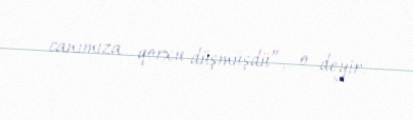
canımıza qorxu düşmüşdü”, o deyir.